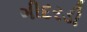
ગીદરડી